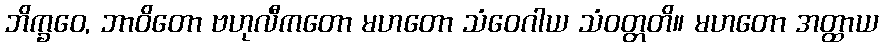
ဘိက္ခဝေ, ဘာဝိတော ဗဟုလီကတော မဟတော သံဝေဂါယ သံဝတ္တတိ။ မဟတော အတ္ထာယ